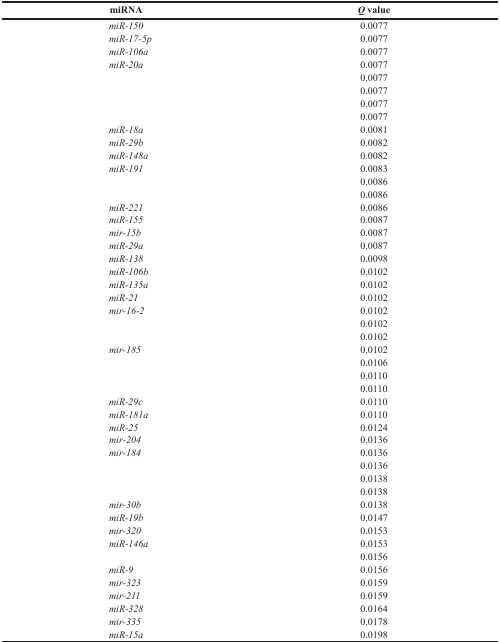
<table><thead><tr><td><b>miRNA</b></td><td><b><i>Q</i> value</b></td></tr></thead><tbody><tr><td><i>miR-150</i></td><td>0.0077</td></tr><tr><td><i>miR-17-5p</i></td><td>0.0077</td></tr><tr><td><i>miR-106a</i></td><td>0.0077</td></tr><tr><td><i>miR-20a</i></td><td>0.0077</td></tr><tr><td>[EMPTY_CELL]</td><td>0.0077</td></tr><tr><td>[EMPTY_CELL]</td><td>0.0077</td></tr><tr><td>[EMPTY_CELL]</td><td>0.0077</td></tr><tr><td>[EMPTY_CELL]</td><td>0.0077</td></tr><tr><td><i>miR-18a</i></td><td>0.0081</td></tr><tr><td><i>miR-29b</i></td><td>0.0082</td></tr><tr><td><i>miR-148a</i></td><td>0.0082</td></tr><tr><td><i>miR-191</i></td><td>0.0083</td></tr><tr><td>[EMPTY_CELL]</td><td>0.0086</td></tr><tr><td>[EMPTY_CELL]</td><td>0.0086</td></tr><tr><td><i>miR-221</i></td><td>0.0086</td></tr><tr><td><i>miR-155</i></td><td>0.0087</td></tr><tr><td><i>mir-15b</i></td><td>0.0087</td></tr><tr><td><i>miR-29a</i></td><td>0.0087</td></tr><tr><td><i>miR-138</i></td><td>0.0098</td></tr><tr><td><i>miR-106b</i></td><td>0.0102</td></tr><tr><td><i>miR-135a</i></td><td>0.0102</td></tr><tr><td><i>miR-21</i></td><td>0.0102</td></tr><tr><td><i>mir-16-2</i></td><td>0.0102</td></tr><tr><td>[EMPTY_CELL]</td><td>0.0102</td></tr><tr><td>[EMPTY_CELL]</td><td>0.0102</td></tr><tr><td><i>mir-185</i></td><td>0.0102</td></tr><tr><td>[EMPTY_CELL]</td><td>0.0106</td></tr><tr><td>[EMPTY_CELL]</td><td>0.0110</td></tr><tr><td>[EMPTY_CELL]</td><td>0.0110</td></tr><tr><td><i>miR-29c</i></td><td>0.0110</td></tr><tr><td><i>miR-181a</i></td><td>0.0110</td></tr><tr><td><i>miR-25</i></td><td>0.0124</td></tr><tr><td><i>mir-204</i></td><td>0.0136</td></tr><tr><td><i>mir-184</i></td><td>0.0136</td></tr><tr><td>[EMPTY_CELL]</td><td>0.0136</td></tr><tr><td>[EMPTY_CELL]</td><td>0.0138</td></tr><tr><td>[EMPTY_CELL]</td><td>0.0138</td></tr><tr><td><i>mir-30b</i></td><td>0.0138</td></tr><tr><td><i>miR-19b</i></td><td>0.0147</td></tr><tr><td><i>mir-320</i></td><td>0.0153</td></tr><tr><td><i>miR-146a</i></td><td>0.0153</td></tr><tr><td>[EMPTY_CELL]</td><td>0.0156</td></tr><tr><td><i>miR-9</i></td><td>0.0156</td></tr><tr><td><i>mir-323</i></td><td>0.0159</td></tr><tr><td><i>mir-211</i></td><td>0.0159</td></tr><tr><td><i>miR-328</i></td><td>0.0164</td></tr><tr><td><i>mir-335</i></td><td>0.0178</td></tr><tr><td><i>miR-15a</i></td><td>0.0198</td></tr></tbody></table>